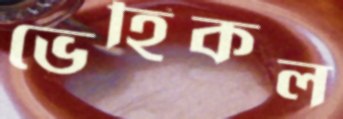
ভেহিকল